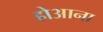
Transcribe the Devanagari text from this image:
होआना